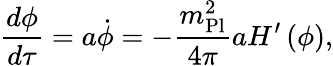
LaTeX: {\frac{d\phi}{d\tau}}=a\dot{\phi}=-{\frac{m_{\mathrm{Pl}}^{2}}{4\pi}}aH^{\prime}\left(\phi\right),